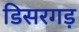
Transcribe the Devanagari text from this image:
डिसरगड़